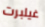
غيلبرت